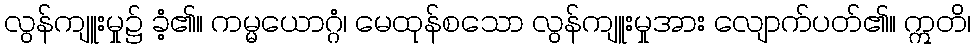
လွန်ကျူးမှု၌ ခံ့၏။ ကမ္မယောဂ္ဂံ၊ မေထုန်စသော လွန်ကျူးမှုအား လျောက်ပတ်၏။ ဣတိ၊